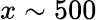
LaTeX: x\sim 500